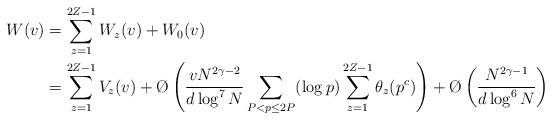
LaTeX: \begin{align*}W(v)&=\sum_{z=1}^{2Z-1}W_{z}(v)+W_{0}(v)\\&=\sum_{z=1}^{2Z-1}V_{z}(v)+\O\left(\frac{vN^{2\gamma-2}}{d\log^7N}\sum_{P<p\leq 2P}(\log p)\sum_{z=1}^{2Z-1}\theta_{z}(p^c)\right)+\O\left(\frac{N^{2\gamma-1}}{d\log^6N}\right)\end{align*}